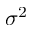
\sigma ^ { 2 }